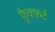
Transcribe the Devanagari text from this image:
फ़्रैक्फ़र्ट